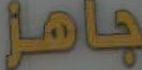
جاهز